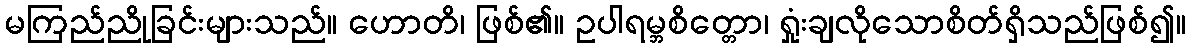
မကြည်ညိုခြင်းများသည်။ ဟောတိ၊ ဖြစ်၏။ ဥပါရမ္ဘစိတ္တော၊ ရှုံးချလိုသောစိတ်ရှိသည်ဖြစ်၍။